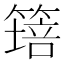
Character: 𱸝